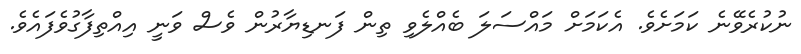
ނުކުރެވޭނެ ކަމަށެވެ. އެކަމަށް މައްސަލަ ބެއްލެވި ތިން ފަނޑިޔާރުން ވެސް ވަނީ އިއްތިފާގުވެފައެވެ.